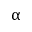
\upalpha